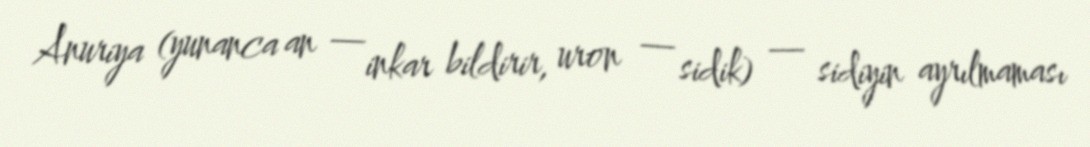
Anuriya (yunanca an — inkar bildirir, uron — sidik) — sidiyin ayrılmaması